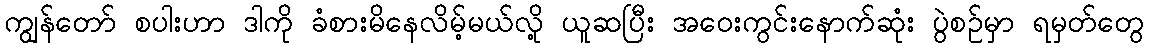
ကျွန်တော် စပါးဟာ ဒါကို ခံစားမိနေလိမ့်မယ်လို့ ယူဆပြီး အဝေးကွင်းနောက်ဆုံး ပွဲစဉ်မှာ ရမှတ်တွေ